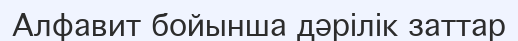
Алфавит бойынша дәрілік заттар